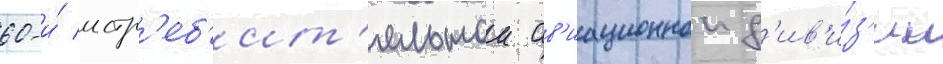
60-и́ истр'еб'ит'ельнои ав'иационнои д'ив'и́з'ии